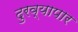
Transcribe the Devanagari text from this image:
दुरव्यापार